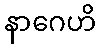
နာဂေဟိ